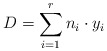
\begin{align*}D = \sum_{i = 1}^r n_i \cdot y_i \end{align*}